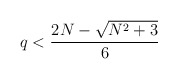
\begin{align*}q < {{2N - \sqrt{N^2+3}}\over 6}\end{align*}